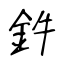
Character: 鈝